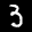
Label: 3